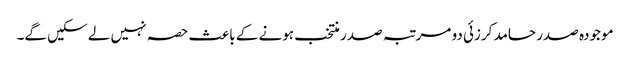
موجودہ صدر حامد کرزئی دو مرتبہ صدر منتخب ہونے کے باعث حصہ نہیں لے سکیں گے۔